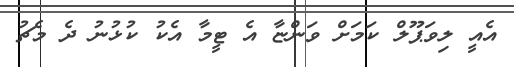
އެއީ ލިވަޕޫލް ކަމަށް ވަންޏާ އެ ޓީމާ އެކު ކުޅުނު ދެ މެޗު